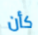
كأن